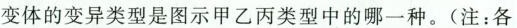
变体的变异类型是图示甲乙丙类型中的哪一种。(注：各